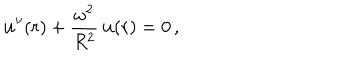
{ \bf u } ^ { \prime \prime } ( r ) + \frac { \omega ^ { 2 } } { R ^ { 2 } } \, { \bf u } ( r ) = 0 \, { , }